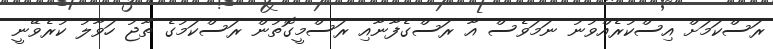
ރަސްކަމަށް އިސްކުރެއްވުނު ނަމަވެސް އާ ރަސްގެފާނާއި ރަސްމީގޮތުން ރަސްކަމުގެ ތާޖު ހަވާލު ކުރެވޭނީ